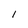
Character: 1